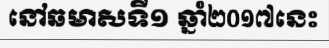
នៅឆមាសទី១ ឆ្នាំ២០១៧នេះ